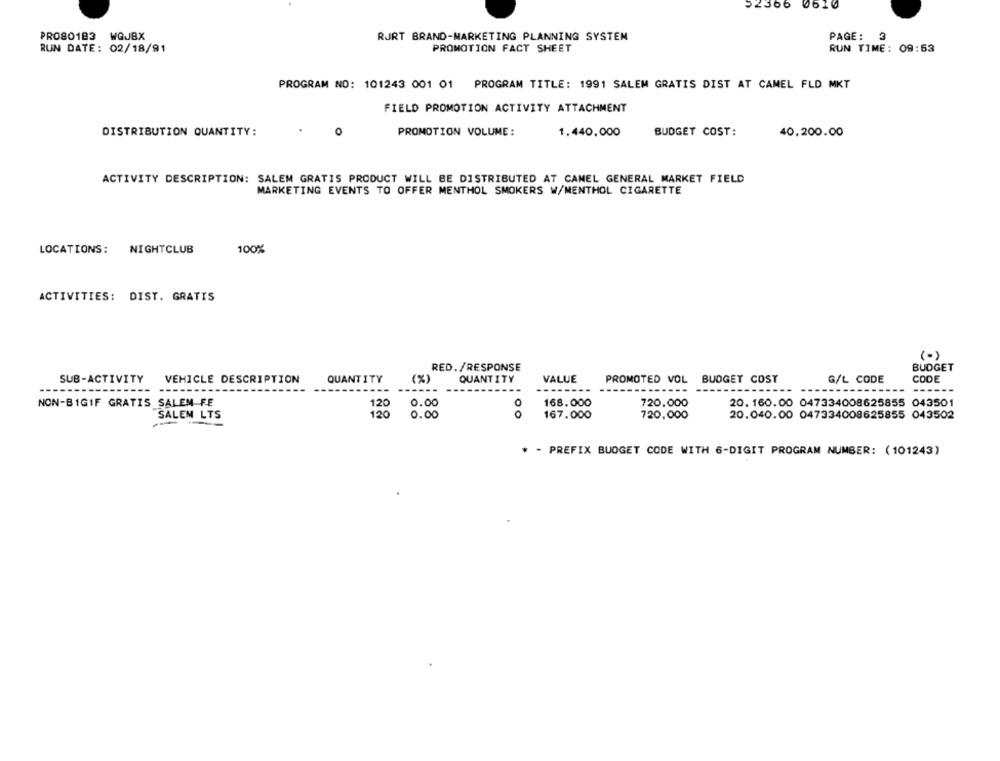
52366 0610
PRO8O183 WGJBX
RURT BRAND-MARKETING PLANNING SYSTEM
PAGE:
3
RUN DATE: 02/18/91
PROMOTION FACT SHEET
RUN TIME: 09:53
PROGRAM NO: 101243 001 01 PROGRAM TITLE: 1991 SALEM GRATIS DIST AT CAMEL FLD MKT
FIELD PROMOTION ACTIVITY ATTACHMENT
DISTRIBUTION QUANTITY:
0
PROMOTION VOLUME:
1.440,000
BUDGET COST:
40,200.00
ACTIVITY DESCRIPTION: SALEM GRATIS PRODUCT WILL BE DISTRIBUTED AT CAMEL GENERAL MARKET FIELD
MARKETING EVENTS TO OFFER MENTHOL SMOKERS W/MENTHOL CIGARETTE
LOCATIONS:
NIGHTCLUB
100%
ACTIVITIES: DIST. GRATIS
RED./RESPONSE
BUDGET
SUB-ACTIVITY
VEHICLE DESCRIPTION
QUANTITY
(%)
QUANTITY
VALUE
PROMOTED VOL BUDGET COST
G/L CODE
CODE
--- --
----
----
-----
NON-BIGIF GRATIS SALEM FE
0.00
168.000
720.000
20. 160.00 047334008625855 043501
120
SALEM LTS
0.00
OO
167.000
720,000
20.040.00 047334008625855 043502
* - PREFIX BUDGET CODE WITH 6-DIGIT PROGRAM NUMBER: (101243)